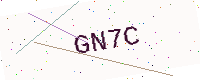
Text: GN7C